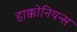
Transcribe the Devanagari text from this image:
हाक्कोनियन्स